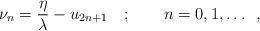
LaTeX: \begin{align*}\nu _{n}=\frac{\eta }{\lambda }-u_{2n+1}\quad ;\qquad n=0,1,\dots \, \, \, ,\end{align*}